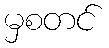
မှစတင်